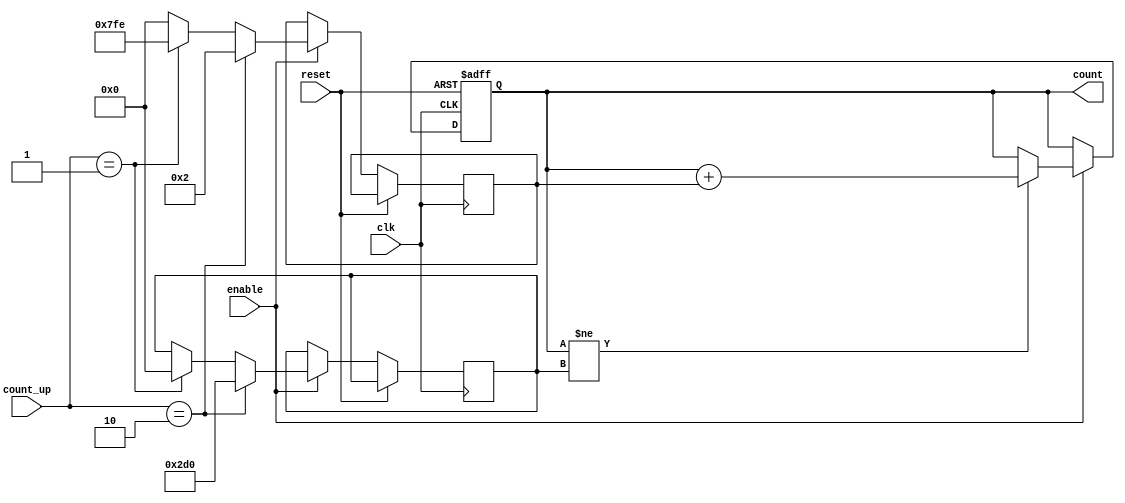
module counter
(
	input clk, enable, reset,
	 input [1:0] count_up,
	output reg [WIDTH-1:0] count
);

	parameter WIDTH = 11;
	parameter board_width=80;
    parameter x_total=800;

	reg [WIDTH-1:0] direction;
	reg [WIDTH-1:0] limit;

	// Reset if needed, increment or decrement if counter is not saturated
	always @ (posedge clk or posedge reset)
	begin
		if (reset)
			count <= 0;
		else if (enable == 1'b1)
		begin
			if (count_up==2'b10)
			begin
				direction <= 2;
				limit <= x_total-board_width;	 // max value 
			end
			else 
			begin
			if (count_up==2'b01)
			     begin
				direction <= -2; 
				limit <= {WIDTH{1'b0}};
				end
			else
			    direction <= 0;
			end

			if (count != limit)
				count <= count + direction;
		end
	end

endmodule